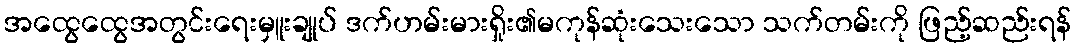
အထွေထွေအတွင်းရေးမှူးချုပ် ဒက်ဟမ်းမားရှိုး၏မကုန်ဆုံးသေးသော သက်တမ်းကို ဖြည့်ဆည်းရန်